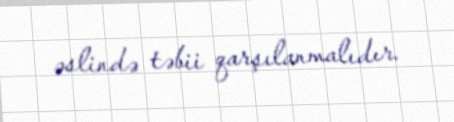
əslində təbii qarşılanmalıdır.